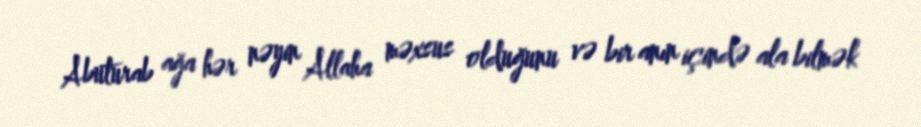
Abuturab ağa hər nəyin Allaha məxsus olduğunu və bir anın içində ala bilmək